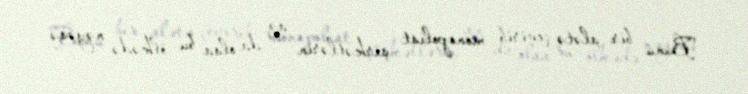
Bunu bir alətə çevirib monopolist şirkətlərin az da olsa bu ölkədə nəyəsə